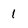
Character: 1